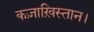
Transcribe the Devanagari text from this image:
कज़ाख़िस्तान।